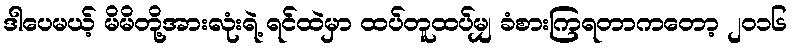
ဒါပေမယ့် မိမိတို့အားလုံးရဲ့ ရင်ထဲမှာ ထပ်တူထပ်မျှ ခံစားကြရတာကတော့ ၂၀၁၆